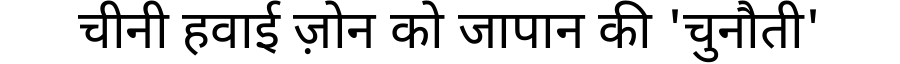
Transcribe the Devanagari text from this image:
चीनी हवाई ज़ोन को जापान की 'चुनौती'